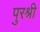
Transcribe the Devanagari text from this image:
पुरश्री